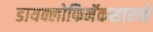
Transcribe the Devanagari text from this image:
डायक्लोफिनॅकसारखे